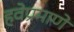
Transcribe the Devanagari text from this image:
हवेप्रमाणें